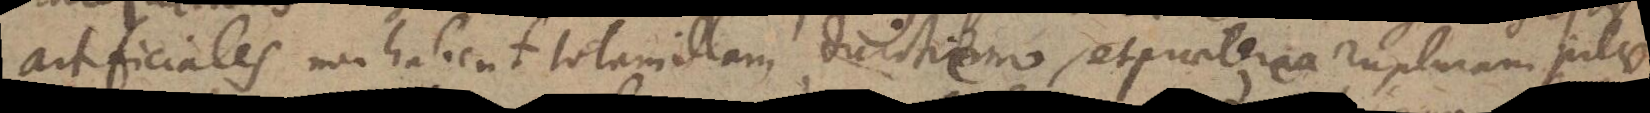
artificiales non habent totam illam duritiem, et praeterea rupturam pilae